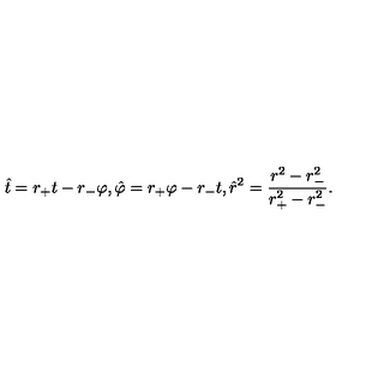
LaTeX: \hat { t } = r _ { + } t - r _ { - } \varphi , \hat { \varphi } = r _ { + } \varphi - r _ { - } t , \hat { r } ^ { 2 } = \frac { r ^ { 2 } - r _ { - } ^ { 2 } } { r _ { + } ^ { 2 } - r _ { - } ^ { 2 } } .